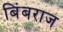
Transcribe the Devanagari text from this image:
बिंबराज